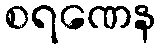
စရဏေန